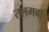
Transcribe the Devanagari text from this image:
तलमबा